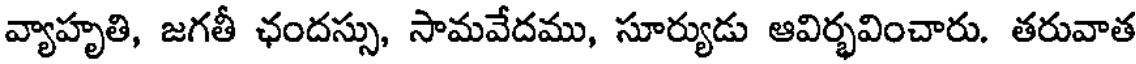
వ్యాహృతి, జగతీ ఛందస్సు, సామవేదము, సూర్యుడు ఆవిర్భవించారు. తరువాత